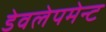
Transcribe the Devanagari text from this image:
डेवलेपमेन्ट